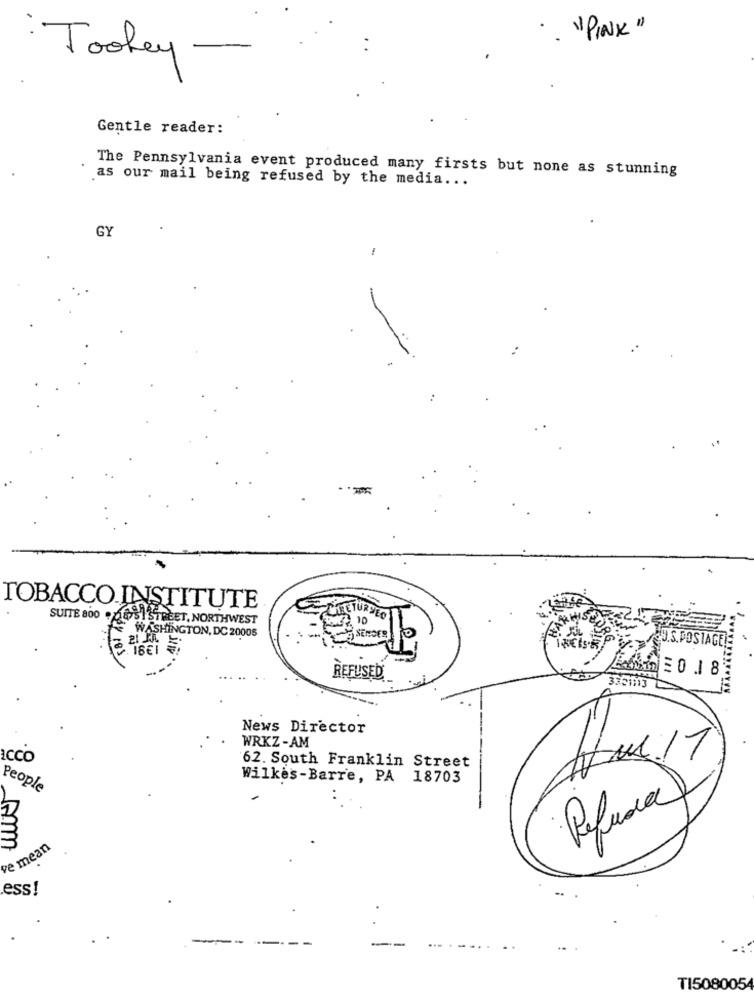
.. "PINK"
: Tookey-
Gentle reader:
The Pennsylvania event produced many firsts but none as stunning
as our mail being refused by the media ...
GY
-
TOBACCO.INSTITUTE
SUITE 800 . 6931STREET, NORTHWEST
CREETURVEO
WASHINGTON, DC 20006
res
. 18€1 ;
INELSE
U.S.DOSTAGE!
E0 1 8
REFUSED
3321113
News Director
WRKZ-AM
ICCO
62. South Franklin Street
Wilkes-Barre, PA 18703
People
Refuse
ve mean
ess!
-- ----
TI5080054